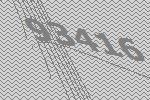
93416